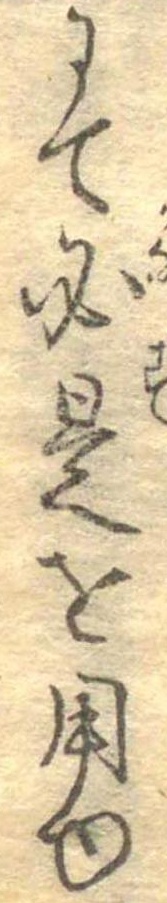
にて必是を用ゆ